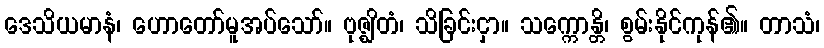
ဒေသိယမာနံ၊ ဟောတော်မူအပ်သော်။ ဗုဇ္ဈိတံ၊ သိခြင်းငှာ။ သက္ကောန္တိ၊ စွမ်းနိုင်ကုန်၏။ တာသံ၊